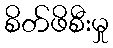
စိတ်ဖိစီးမှု